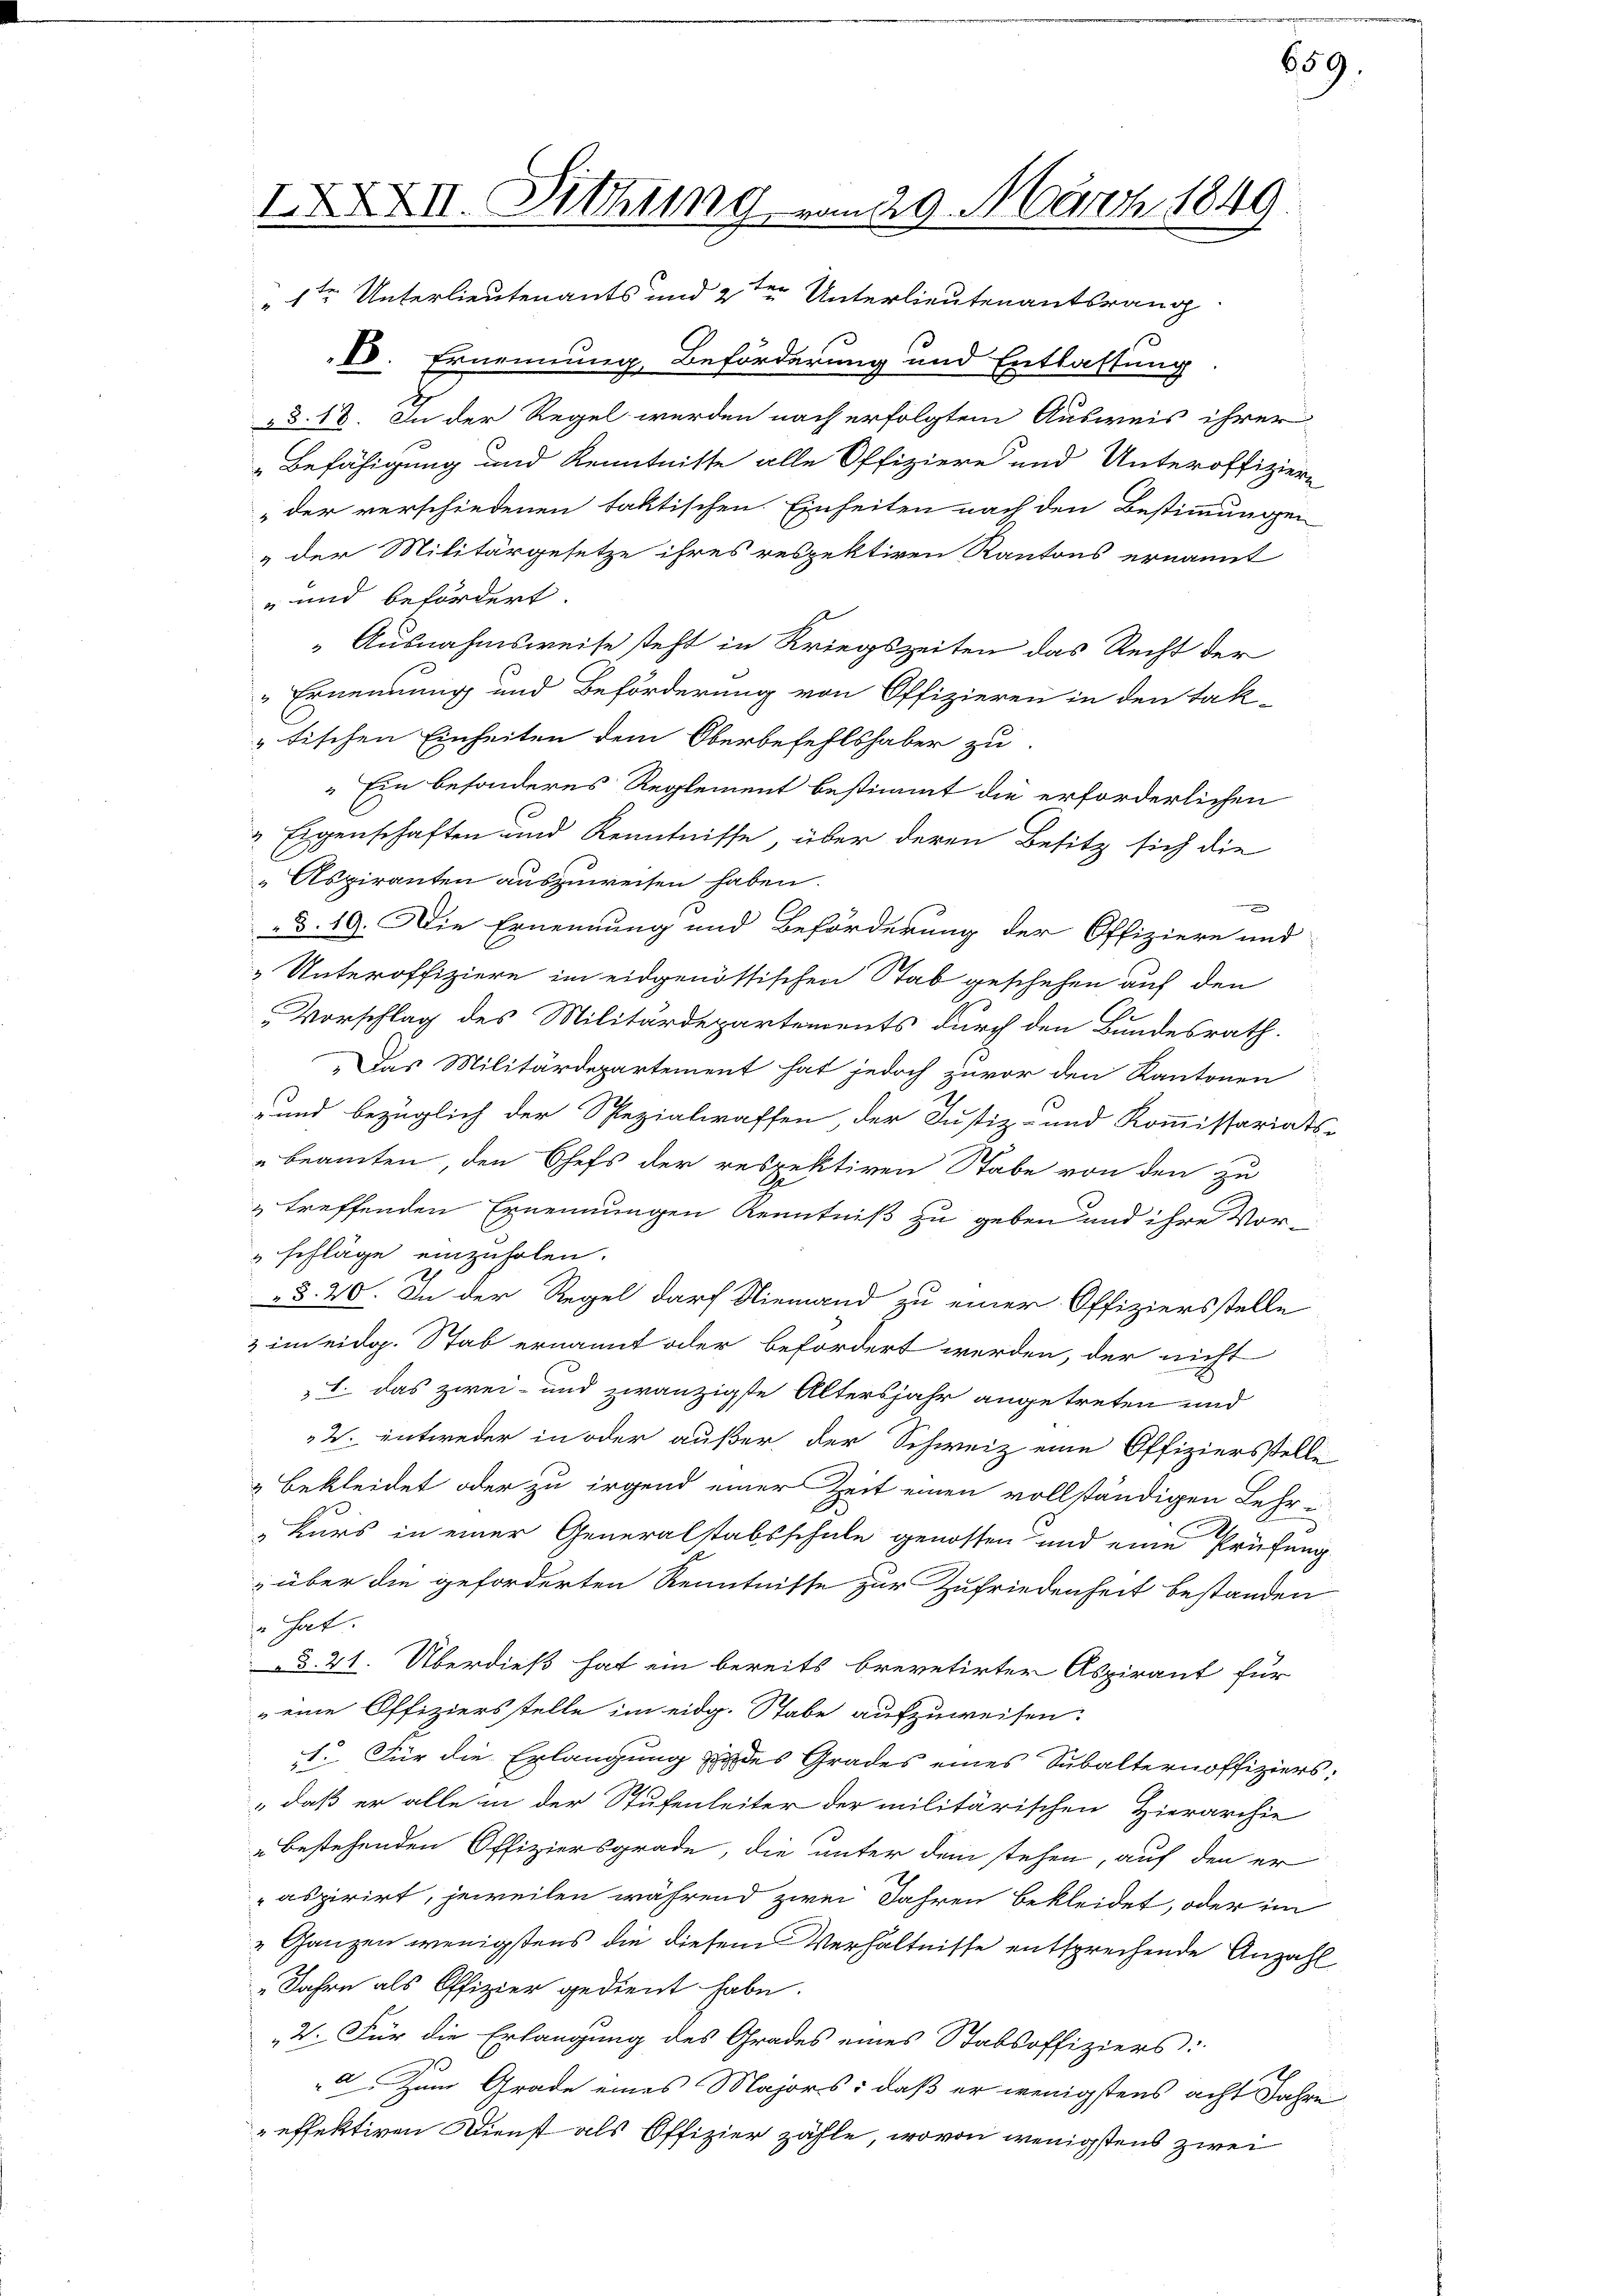
D. Ernennung, Beförderung und Entlastung
§§. 18. In der Regel werden nach erfolgtem Ausweis ihrer
„Befähigung und Kenntnisse alle Offiziere und Unteroffiziere
der verschiedenen taktischen Einheiten nach den Bestimmungen
„der Militärgesetze ihres respektiven Kantons ernannt
" und befördert.
Ausnahmsweise steht in Kriegszeiten das Recht der
Ernennung und Beförderung von Offizieren in den Tak-
„tischen Einheiten dem Oberbefehlshaber zu
" Ein besonderes Reglement bestimmt die erforderlichen
" Eigenschaften und Kenntnisse über deren Besitz sich die
 Aspiranten auszuweisen haben.

§. 19. Die Ernennung und Beförderung der Offiziere und
„Unteroffiziere im eidgenössischen Stab geschehen auf den
Vorschlag des Militärdepartements durch den Bundesrath.
„Das Militärdepartement hat jedoch zuvor den Kantonen
und bezüglich der Spezialraffen der Justiz- und Kommissariats-
beamten, den Chefs der respektiven Stabe von den zu
& treffenden Ernennungen Kenntniß zu geben und ihre Vor¬
"schläge einzuholen.
§. 20. In der Regel darf Niemand zu einer Offiziersstelle
3 im eidg. Stab ernannt oder befördert werden, der nicht
L. das zwei- und zwanzigste Altersjahr angetreten und
2. entweder in oder außer der Schweiz eine Offiziersstelle
" bekleidet oder zu irgend einer Zeit einen vollständigen Lehre
„Kurs in einer Generalstabsschule genossen und eine Prüfung
über die geforderten Kenntnisse zur Zufriedenheit bestanden
se hat.
§. 21. Überdieß hat ein bereits brevetirter Aspirant für
„eine Offiziersstelle im eidg. Stabe aufzuweisen.
1. Für die Erlangung zu des Grades eines Subalternoffiziers:
" daß er alle in der Stufenleiter der militärischen Hierarchie
" bestehenden Offiziersgrade, die unter dem stehen, auf den er
aspirirt, jeweilen während zwei Jahren bekleidet, oder im
„Ganzen wenigstens die diesem Verhältnisse entsprechende Anzahl
Jahre als Offizier gedient habe.
2. Für die Erlangung des Grades eines Stabsoffiziers:
Zum Grade eines Majors: daß er wenigstens acht Jahre
effektiven Dienst als Offizier zähle, wovon wenigstens zwei

IXXXVII. Mithing vom 29. Märrech. 1849.
" 1ten Unterlieutenants und 2ten Unterlieutenantsrang

659.